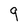
Character: 9